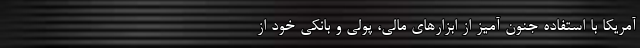
آمریکا با استفاده جنون آمیز از ابزارهای مالی، پولی و بانکی خود از